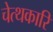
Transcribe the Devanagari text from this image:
चेत्थकारि